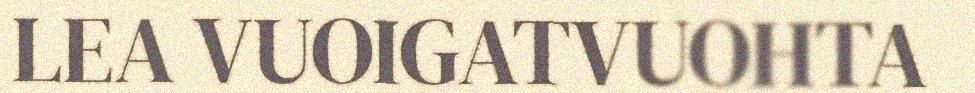
LEA VUOIGATVUOHTA